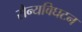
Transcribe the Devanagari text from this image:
सैन्यविघटन